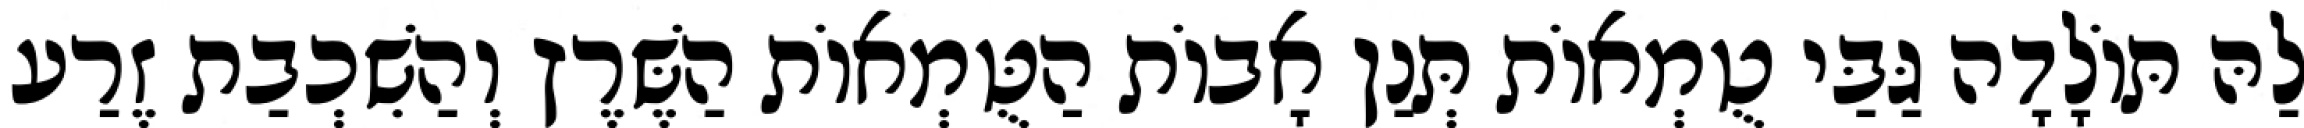
לַהּ תּוֹלָדָה גַּבַּי טֻמְאוֹת תְּנַן אָבוֹת הַטֻּמְאוֹת הַשֶּׁרֶץ וְהַשִׁכְבַת זֶרַע